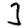
Digit: 3